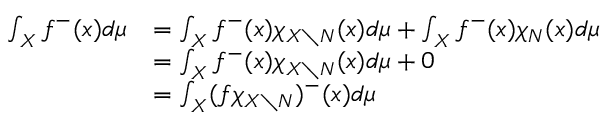
\begin{array} { r l } { \int _ { X } f ^ { - } ( x ) d \mu } & { = \int _ { X } f ^ { - } ( x ) \chi _ { X \setminus N } ( x ) d \mu + \int _ { X } f ^ { - } ( x ) \chi _ { N } ( x ) d \mu } \\ & { = \int _ { X } f ^ { - } ( x ) \chi _ { X \setminus N } ( x ) d \mu + 0 } \\ & { = \int _ { X } ( f \chi _ { X \setminus N } ) ^ { - } ( x ) d \mu } \end{array}